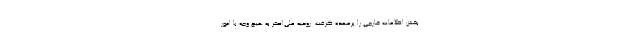
بخش اطلاعات خارجی را برعهده گرفت. روحیه علی‌اصغر به هیچ وجه با امور